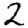
Digit: 2